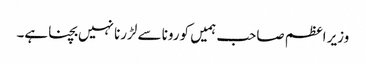
وزیر اعظم صاحب ہمیں کورونا سے لڑرنا نہیں بچنا ہے۔